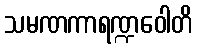
သမဏကာရဏ္ဍဝေါတိ